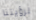
لرؤيتنا